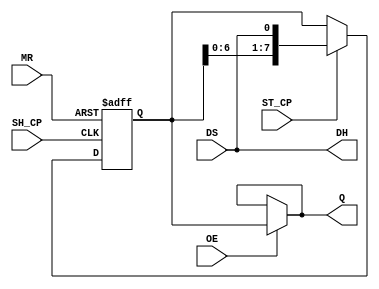
`timescale 1 ns/1 ps
module hc595(
    output  wire    [7:0]   Q,  //
    output  wire    DH,         //
    input   wire    ST_CP,      //
    input   wire    OE,         //
    input   wire    DS,         //
    input   wire    MR,         //)
    input   wire    SH_CP       //
);

reg [7:0] shift;
assign DH = DS;



always @(posedge SH_CP or negedge MR)
begin
    if (!MR)
    begin
        shift <= 8'h0;
    end
    else
    begin
        if (ST_CP)
        begin
            shift <= {shift[6:0], DS};
        end
    end
end

assign Q = (OE) ? shift : Q;   

endmodule // 74hc595